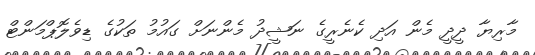
މާރިޔާ ދީދީ މެން އަދި ކެނެރީގެ ނަޝީދު މެންނަށް ގައުމު ތަކުގެ ޑިވެލޮޕްމަަންޓް